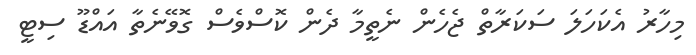
މިހާރު އެކަހަލަ ސަކަރާތް ޖެހެން ނެތީމާ ދެން ކޮސްވެސް ގޮވޭނެތާ އައްޑޫ ސިޓީ